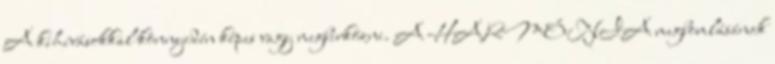
A kihívásokkal könnyedén képes vagy megbirkózni. A HARMÓNIA megbomlásának